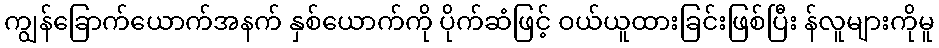
ကျွန်ခြောက်ယောက်အနက် နှစ်ယောက်ကို ပိုက်ဆံဖြင့် ဝယ်ယူထားခြင်းဖြစ်ပြီး န်လူများကိုမူ